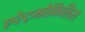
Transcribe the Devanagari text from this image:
एरेट्मोकिलिस